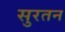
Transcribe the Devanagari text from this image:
सुरतन